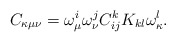
\begin{align*}C_{\kappa\mu\nu}=\omega_{\mu}^i\omega_{\nu}^jC^k_{ij}K_{kl}\omega_{\kappa}^l.\end{align*}